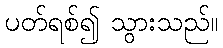
ပတ်ရစ်၍ သွားသည်။